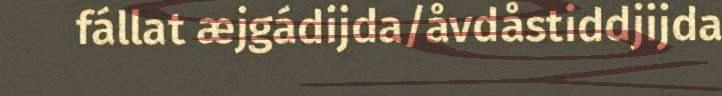
fállat æjgádijda/åvdåstiddjijda